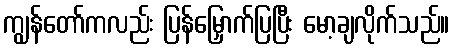
ကျွန်တော်ကလည်း ပြန်မြှောက်ပြပြီး မော့ချလိုက်သည်။